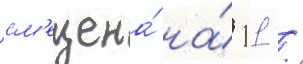
см'ещена́ на́ 11 /